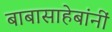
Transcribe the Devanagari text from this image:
बाबासाहेबांनीं